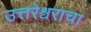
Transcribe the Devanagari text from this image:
उत्तरेश्वराचा